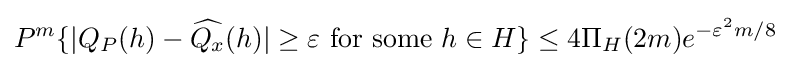
P^{m}\{|Q_{P}(h)-{\widehat {Q_{x}}}(h)|\geq \varepsilon {\text{ for some }}h\in H\}\leq 4\Pi _{H}(2m)e^{-\varepsilon ^{2}m/8}